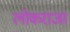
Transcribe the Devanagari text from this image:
लोकराजा